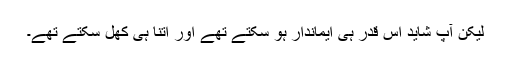
لیکن آپ شاید اس قدر ہی ایماندار ہو سکتے تھے اور اتنا ہی کھل سکتے تھے۔